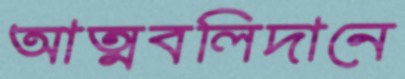
আত্মবলিদানে